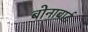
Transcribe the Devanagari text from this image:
बोनाबार्ट